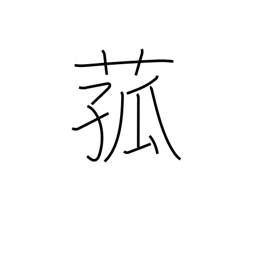
Meaning: reed used for matting